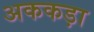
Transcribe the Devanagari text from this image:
अककड़ा